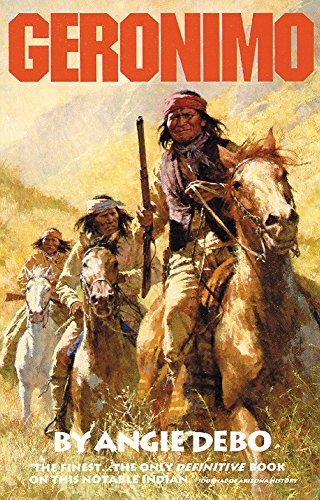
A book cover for Geronimo: The Man, His Time, His Place (The Civilization of the American Indian Series); Angie Debo; Biographies & Memoirs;